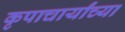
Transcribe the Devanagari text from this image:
कृपाचार्यांच्या